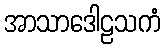
အာသာဒေါဠသကံ